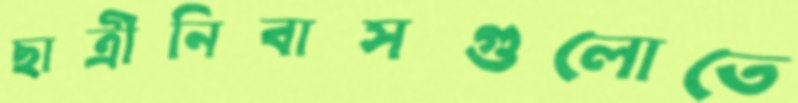
ছাত্রীনিবাসগুলোতে